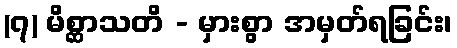
(၇) မိစ္ဆာသတိ - မှားစွာ အမှတ်ရခြင်း၊